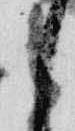
之